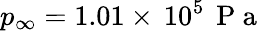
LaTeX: p_{\infty}=1.01\times\, 10^{5}\, \mathrm{~P~a~}